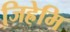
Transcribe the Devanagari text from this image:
जिह्रेमि